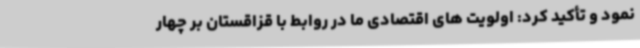
نمود و تأکید کرد: اولویت های اقتصادی ما در روابط با قزاقستان بر چهار